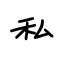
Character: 私